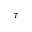
\tau